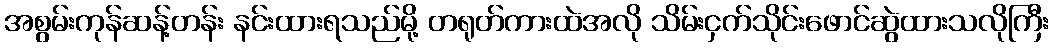
အစွမ်းကုန်ဆန့်တန်း နင်းထားရသည်မို့ တရုတ်ကားထဲအလို သိမ်းငှက်သိုင်းဖောင်ဆွဲထားသလိုကြီး